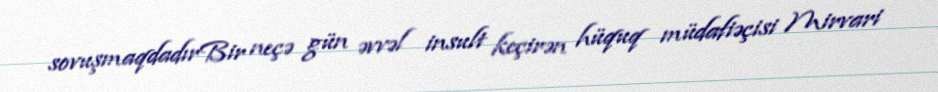
sovuşmaqdadırBir neçə gün əvvəl insult keçirən hüquq müdafiəçisi Mirvari